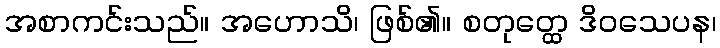
အစာကင်းသည်။ အဟောသိ၊ ဖြစ်၏။ စတုတ္ထေ ဒိဝသေပန၊